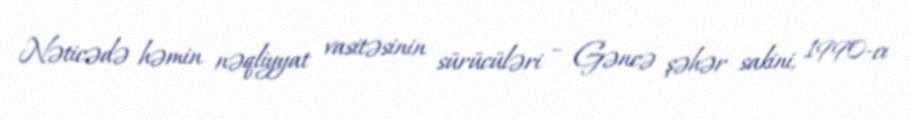
Nəticədə həmin nəqliyyat vasitəsinin sürücüləri – Gəncə şəhər sakini, 1990-cı